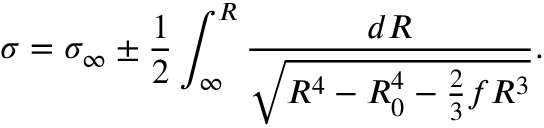
\sigma = \sigma _ { \infty } \pm \frac { 1 } { 2 } \int _ { \infty } ^ { R } \frac { d R } { \sqrt { R ^ { 4 } - R _ { 0 } ^ { 4 } - \frac { 2 } { 3 } f R ^ { 3 } } } .